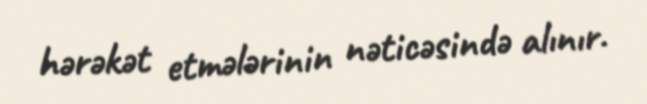
hərəkət etmələrinin nəticəsində alınır.